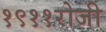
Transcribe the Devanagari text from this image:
१९११रोजी